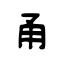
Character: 甬